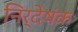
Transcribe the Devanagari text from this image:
निर्देषंक